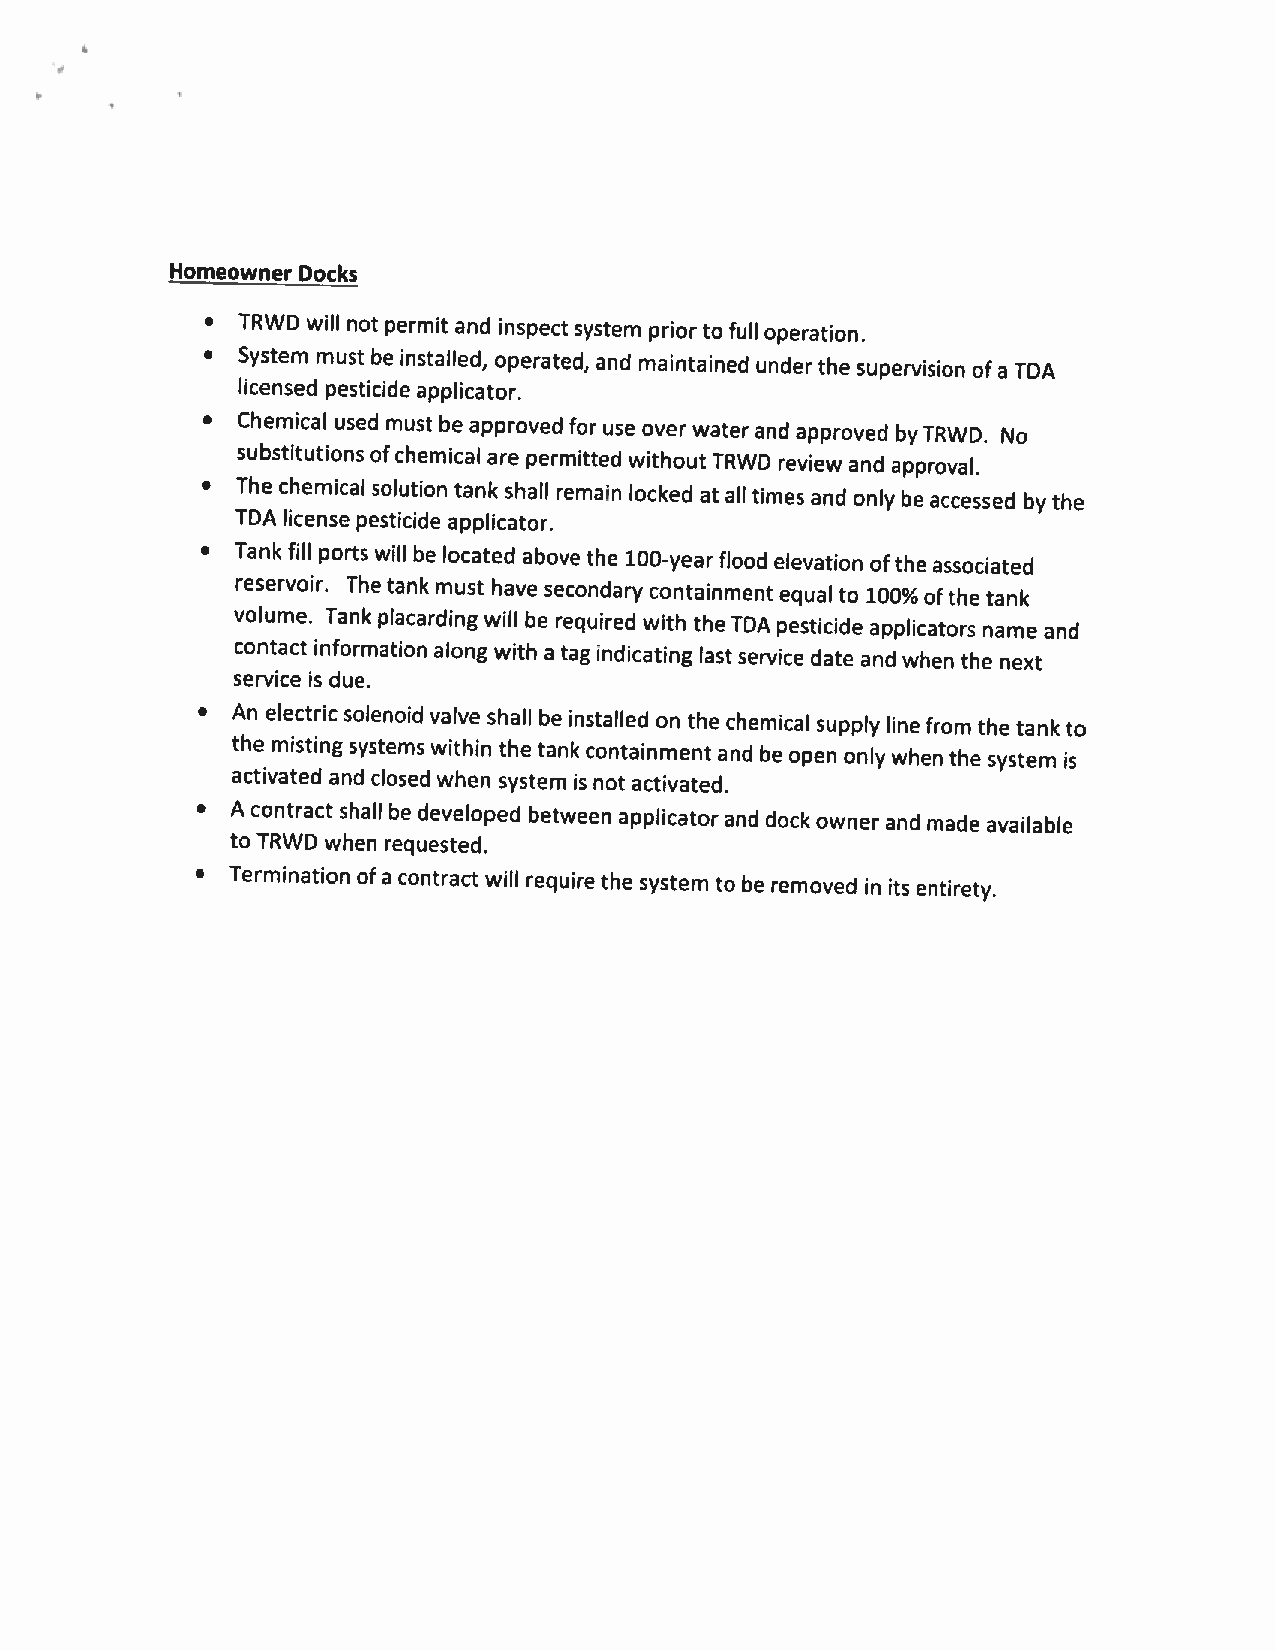
Homeowner Docks
 • TRWD will not permit and inspect system prior to full operation.
 • System must be installed, operated, and maintained under the supervision of a TDA
 licensed pesticide applicator,
 • Chemical used must be approved for use over water and approved byTRWD. No
 substitutions of chemical are permitted without TRWD review and approval.
 •  The chemical solution tank shall remain locked at all times and only be accessed by the
 WA license pesticide applicator.
 •  Tank fill ports will be located above the 100-yearflood elevation ofthe associated
 reservoir. The tank must have secondary containment equal to 100% of the tank
 volume. Tank placarding will be required with the TDA pesticide applicators name and
 contact information along with a tag indicating last service date and when the next
 service is due.
 • An electric solenoid valve shall be installed on the chemical supply line from the tank to
 the misting systems within the tank containment and be open only when the system is
 activated and closed when system is not activated.
 • A contract shall be developed between applicator and dock owner and made available
 to TRWD when requested.
 • Termination of a contract will require the system to be removed in its entirety.